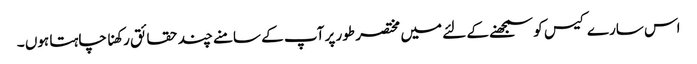
اس سارے کیس کو سمجھنے کے لئے میں مختصر طور پر آپ کے سامنے چند حقائق رکھنا چاہتا ہوں ۔